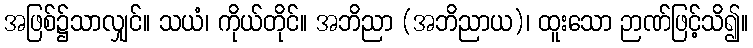
အဖြစ်၌သာလျှင်။ သယံ၊ ကိုယ်တိုင်။ အဘိညာ (အဘိညာယ)၊ ထူးသော ဉာဏ်ဖြင့်သိ၍။